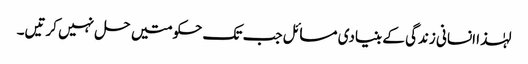
لہٰذا انسانی زندگی کے بنیادی مسائل جب تک حکومتیں حل نہیں کرتیں۔